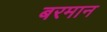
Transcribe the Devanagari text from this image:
बरमान